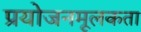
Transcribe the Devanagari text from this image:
प्रयोजनमूलकता